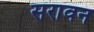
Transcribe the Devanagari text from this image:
सरावन